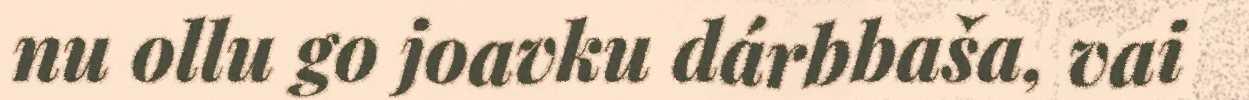
nu ollu go joavku dárbbaša, vai